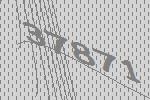
37871